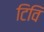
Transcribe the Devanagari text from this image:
टिवि